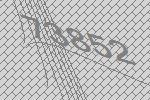
73852